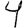
Digit: 4